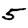
Digit: 5